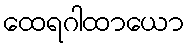
ထေရဂါထာယော